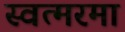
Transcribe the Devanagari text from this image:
स्वत्मरमा